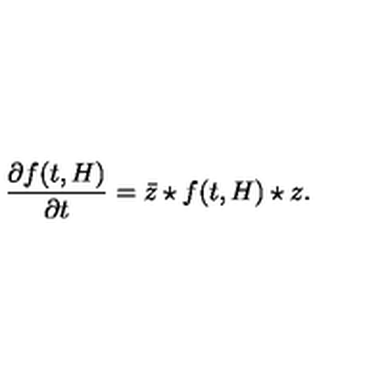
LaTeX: \frac { \partial f ( t , H ) } { \partial t } = { \bar { z } } \star f ( t , H ) \star z .